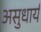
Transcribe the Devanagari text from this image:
असुधार्य